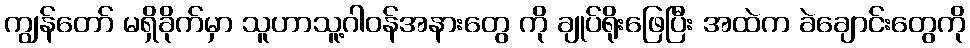
ကျွန်တော် မရှိခိုက်မှာ သူဟာသူ့ဂါဝန်အနားတွေ ကို ချုပ်ရိုးဖြေပြီး အထဲက ခဲချောင်းတွေကို